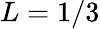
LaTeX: L=1/3